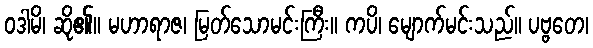
ဝဒါမိ၊ ဆို၏။ မဟာရာဇ၊ မြတ်သောမင်းကြီး။ ကပိ၊ မျောက်မင်းသည်။ ပဗ္ဗတေ၊